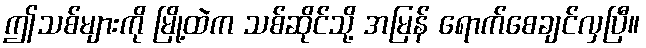
ဤသစ်များကို မြို့ထဲက သစ်ဆိုင်သို့ အမြန် ရောက်စေချင်လှပြီ။